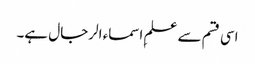
اسی قسم سے علمِ اسماء الرجال ہے۔